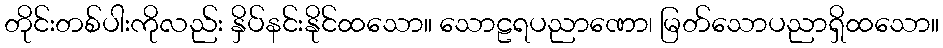
တိုင်းတစ်ပါးကိုလည်း နှိပ်နင်းနိုင်ထသော။ သောဠရပညာဏော၊ မြတ်သောပညာရှိထသော။